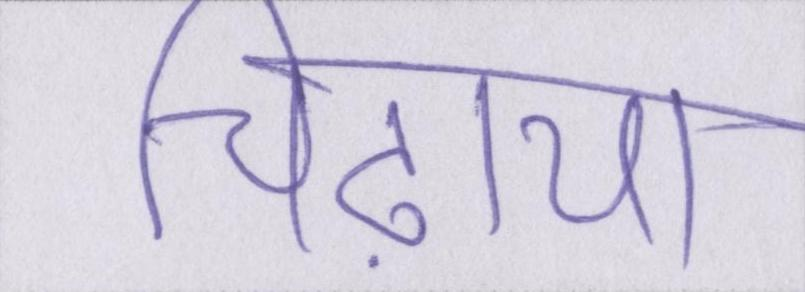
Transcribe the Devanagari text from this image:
चिढ़ाया